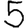
Digit: 5